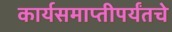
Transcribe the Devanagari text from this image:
कार्यसमाप्तीपर्यंतचे